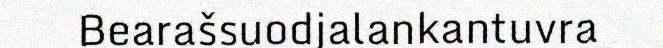
Bearašsuodjalankantuvra